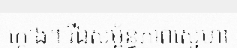
ក្តោង។ រីឯសម្ព័ន្ធភាពស្នេហា